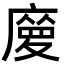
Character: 𢊿